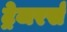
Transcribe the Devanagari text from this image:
ट्रेजरर्स